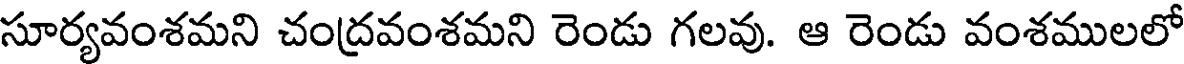
సూర్యవంశమని చంద్రవంశమని రెండు గలవు. ఆ రెండు వంశములలో